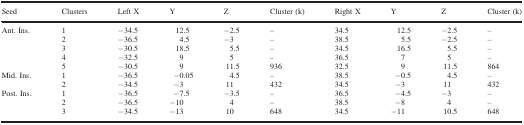
| Seed | Clusters | Left X | Y | Z | Cluster (k) | Right X | Y | Z | Cluster (k) |
 | --- | --- | --- | --- | --- | --- | --- | --- | --- | --- |
 | <ROWSPAN=5> Ant. Ins. | 1 | −34.5 | 12.5 | −2.5 | – | 34.5 | 12.5 | −2.5 | – |
 | 2 | −36.5 | 4.5 | −3 | – | 38.5 | 5.5 | −2.5 | – |
 | 3 | −30.5 | 18.5 | 5.5 | – | 34.5 | 16.5 | 5.5 | – |
 | 4 | −32.5 | 9 | 5 | – | 36.5 | 7 | 5 | – |
 | 5 | −30.5 | 9 | 11.5 | 936 | 32.5 | 9 | 11.5 | 864 |
 | <ROWSPAN=2> Mid. Ins. | 1 | −36.5 | −0.05 | 4.5 | – | 38.5 | −0.5 | 4.5 | – |
 | 2 | −34.5 | −3 | 11 | 432 | 34.5 | −3 | 11 | 432 |
 | <ROWSPAN=3> Post. Ins. | 1 | −36.5 | −7.5 | −3.5 | – | 36.5 | −4.5 | −3 | – |
 | 2 | −36.5 | −10 | 4 | – | 38.5 | −8 | 4 | – |
 | 3 | −34.5 | −13 | 10 | 648 | 34.5 | −11 | 10.5 | 648 |